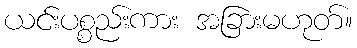
ယင်းပစ္စည်းကား အခြားမဟုတ်။